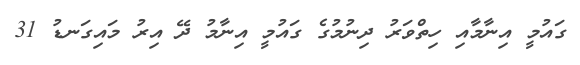
ގައުމީ އިނާމާއި ހިތްވަރު ދިނުމުގެ ގައުމީ އިނާމު ދޭ އިރު މައިގަނޑު 31